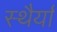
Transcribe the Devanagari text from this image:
स्थैर्या